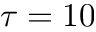
\tau = 1 0